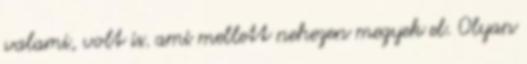
valami, volt is. ami mellett nehezen megyek el. Olyan